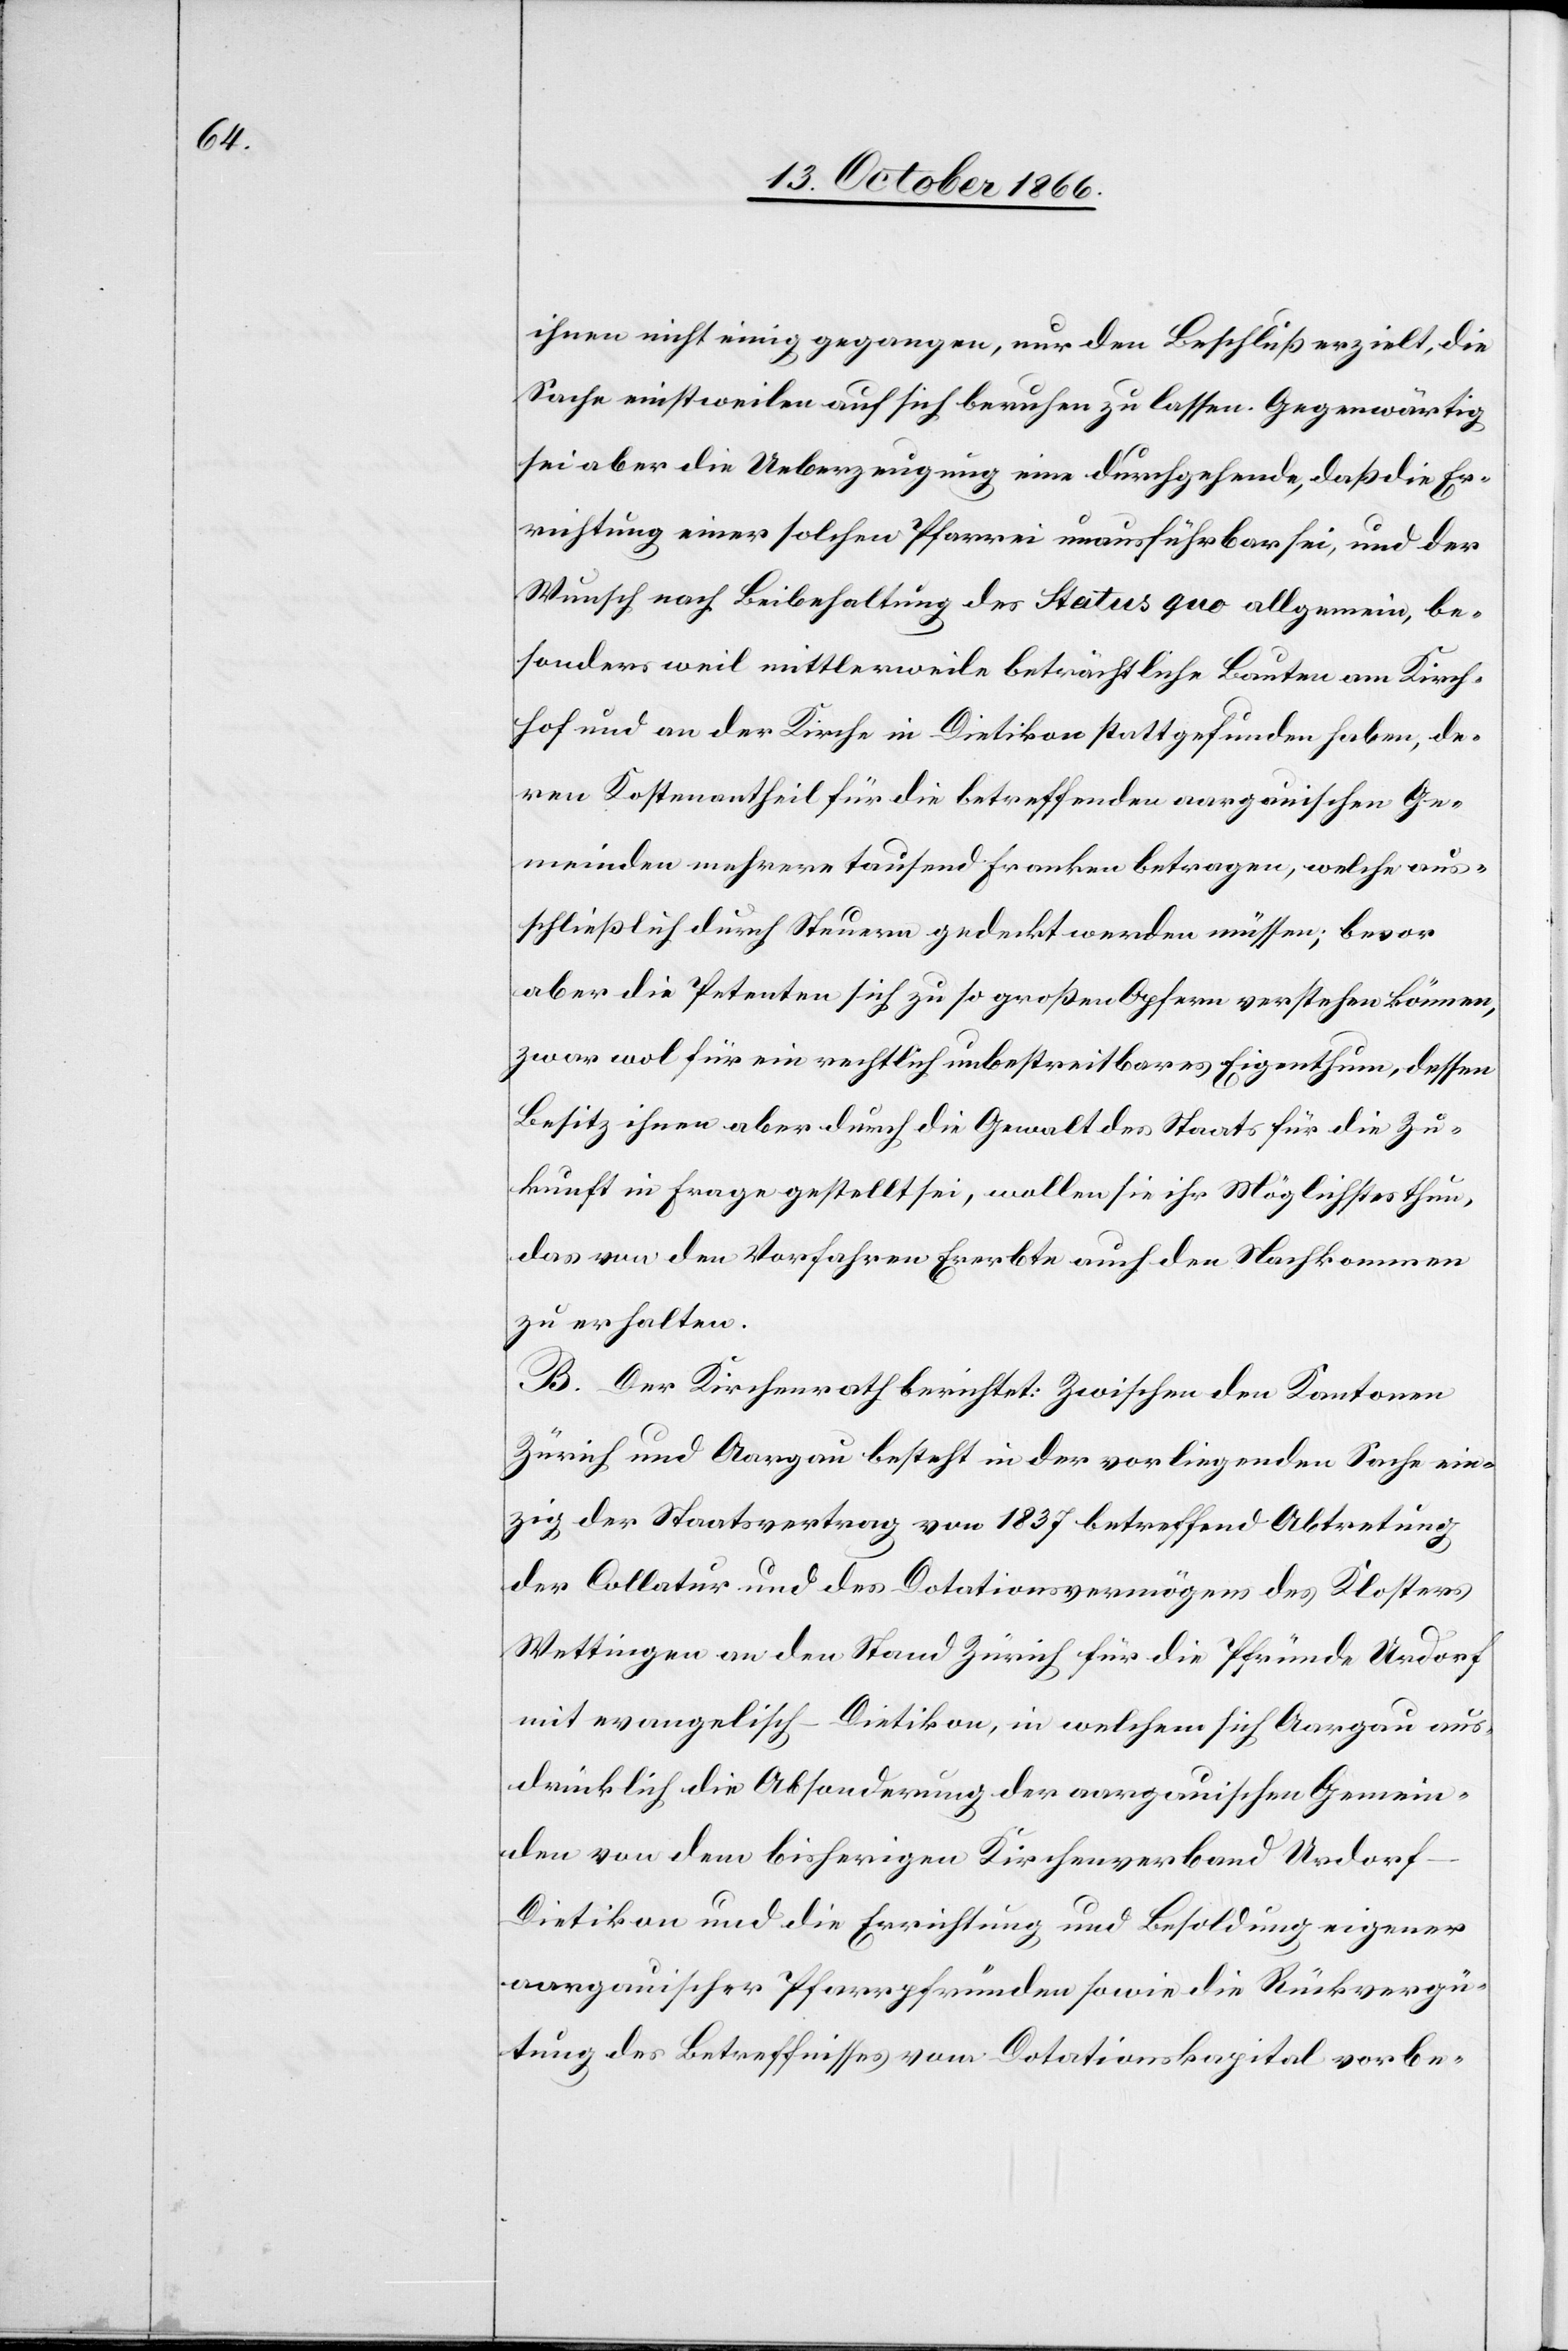
ihnen nicht einig gegangen, nur den Beschluß erzielt, die
Sache einstweilen auf sich beruhen zu lassen. Gegenwärtig
sei aber die Ueberzeugung eine durchgehende, daß die Er¬
richtung einer solchen Pfarrei unausführbar sei, und der
Wunsch nach Beibehaltung des Status quo allgemein, be¬
sonders weil mittlerweile beträchtliche Bauten am Kirch¬
hof und an der Kirche in Dietikon stattgefunden haben, de¬
ren Kostenantheil für die betreffenden aargauischen Ge¬
meinden mehrere tausend Franken betrage, welche aus¬
schließlich durch Steuern gedeckt werden müssen; bevor
aber die Petenten sich zu so großen Opfern verstehen können,
zwar wol für ein rechtlich unbestreitbares Eigenthum, dessen
Besitz ihnen aber durch die Gewalt des Staats für die Zu¬
kunft in Frage gestellt sei, wollen sie ihr Möglichstes thun,
das von den Vorfahren Ererbte auch den Nachkommen
zu erhalten.
B. Der Kirchenrath berichtet: Zwischen den Kantonen
Zürich und Aargau besteht in der vorliegenden Sache ein¬
zig der Staatsvertrag von 1837 betreffend Abtretung
der Collatur und des Dotationsvermögens des Klosters
Wettingen an den Stand Zürich für die Pfründe Urdorf
mit evangelisch-Dietikon, in welchem sich Aargau aus¬
drücklich die Absonderung der aargauischen Gemein¬
den von dem bisherigen Kirchenverband Urdorf-D¬
ietikon und die Errichtung und Besoldung eigener
aargauischer Pfarrpfründen sowie die Rückvergü¬
tung des Betreffnisses vom Dotationskapital vorbe-